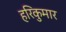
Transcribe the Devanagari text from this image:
हरिकुमार